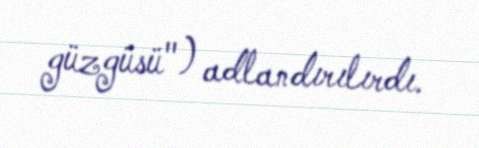
güzgüsü") adlandırılırdı.